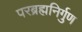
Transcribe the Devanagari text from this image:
परब्रह्मनिर्गुण